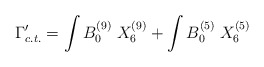
\begin{align*}\Gamma'_{c.t.}=\int B_0^{(9)}\; X_6^{(9)}+\int B_0^{(5)}\; X_6^{(5)}\end{align*}